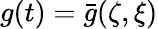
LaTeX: g(t)=\bar{g}(\zeta,\xi)